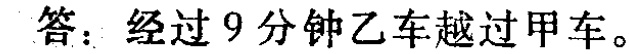
答：经过9分钟乙车越过甲车。